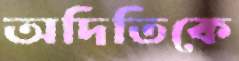
অদিতিকে